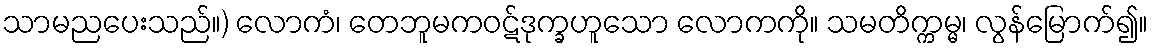
သာမညပေးသည်။) လောကံ၊ တေဘူမကဝဋ်ဒုက္ခဟူသော လောကကို။ သမတိက္ကမ္မ၊ လွန်မြောက်၍။